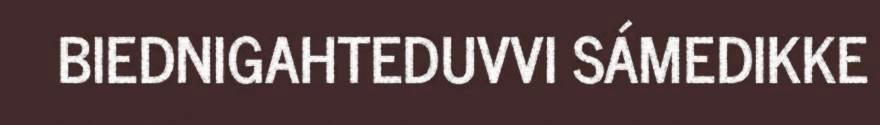
BIEDNIGAHTEDUVVI SÁMEDIKKE